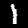
Label: 1